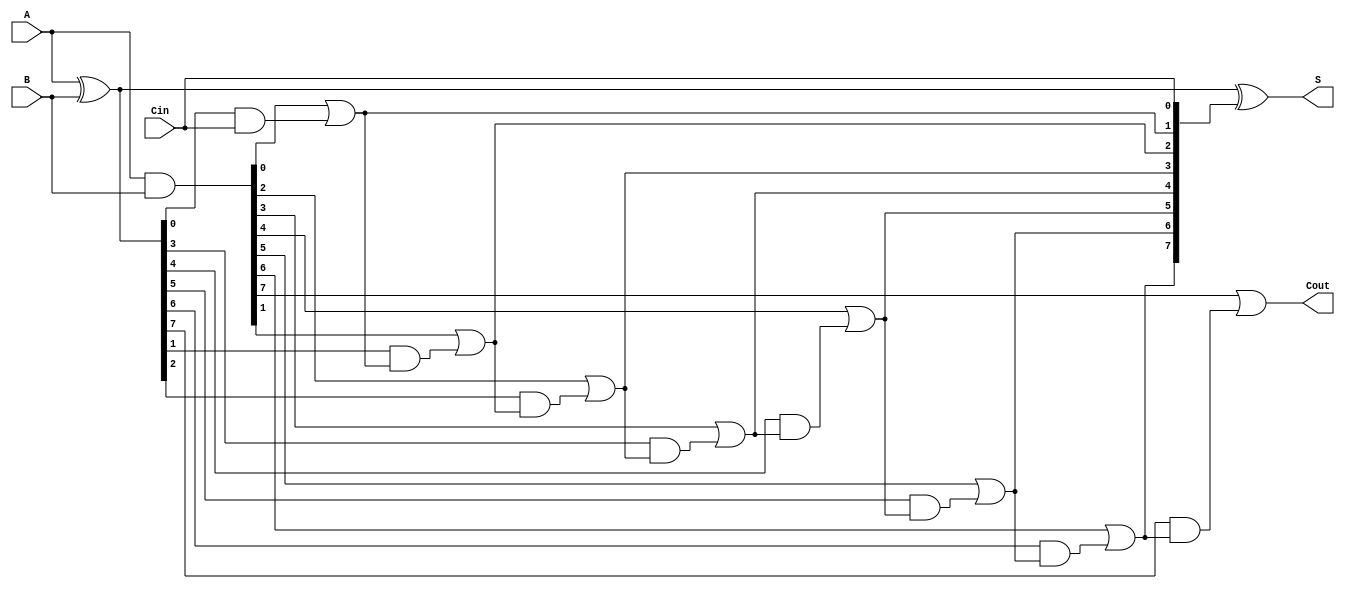
module ParallelPrefixAdder #(
    parameter N = 8 // Bit width of the adder
)(
    input [N-1:0] A,      // First operand
    input [N-1:0] B,      // Second operand
    input Cin,            // Carry-in
    output [N-1:0] S,     // Sum output
    output Cout           // Carry-out
);

    // Generate and Propagate signals
    wire [N-1:0] G; // Generate
    wire [N-1:0] P; // Propagate
    wire [N:0] C;    // Carry signals (C[0] = Cin, C[N] = Cout)

    // Generate and Propagate computation
    assign G = A & B;          // G[i] = A[i] AND B[i]
    assign P = A ^ B;          // P[i] = A[i] XOR B[i]

    // Carry computation
    assign C[0] = Cin;         // C[0] = Cin

    genvar i;
    generate
        // Level 1
        for (i = 0; i < N; i = i + 1) begin
            if (i == 0) begin
                assign C[i+1] = G[i] | (P[i] & C[i]);
            end else begin
                assign C[i+1] = G[i] | (P[i] & C[i]);
            end
        end
    endgenerate

    // Sum calculation
    assign S = A ^ B ^ C[N-1:0]; // S[i] = A[i] XOR B[i] XOR C[i]

    // Final carry-out
    assign Cout = C[N]; // Cout = C[N]

endmodule